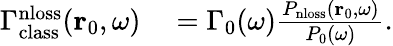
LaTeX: \begin{array}{rl}{\Gamma_{\mathrm{class}}^{\mathrm{nloss}}(\mathbf{r}_{0},\omega)}&{{}=\Gamma_{0}(\omega)\frac{P_{\mathrm{nloss}}(\mathbf{r}_{0},\omega)}{P_{0}(\omega)}.}\end{array}